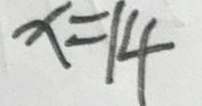
x = 1 4